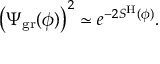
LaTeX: \left( \Psi _ { \mathrm { g r } } ( \phi ) \right) ^ { 2 } \simeq e ^ { - 2 S ^ { \mathrm { H } } ( \phi ) } .